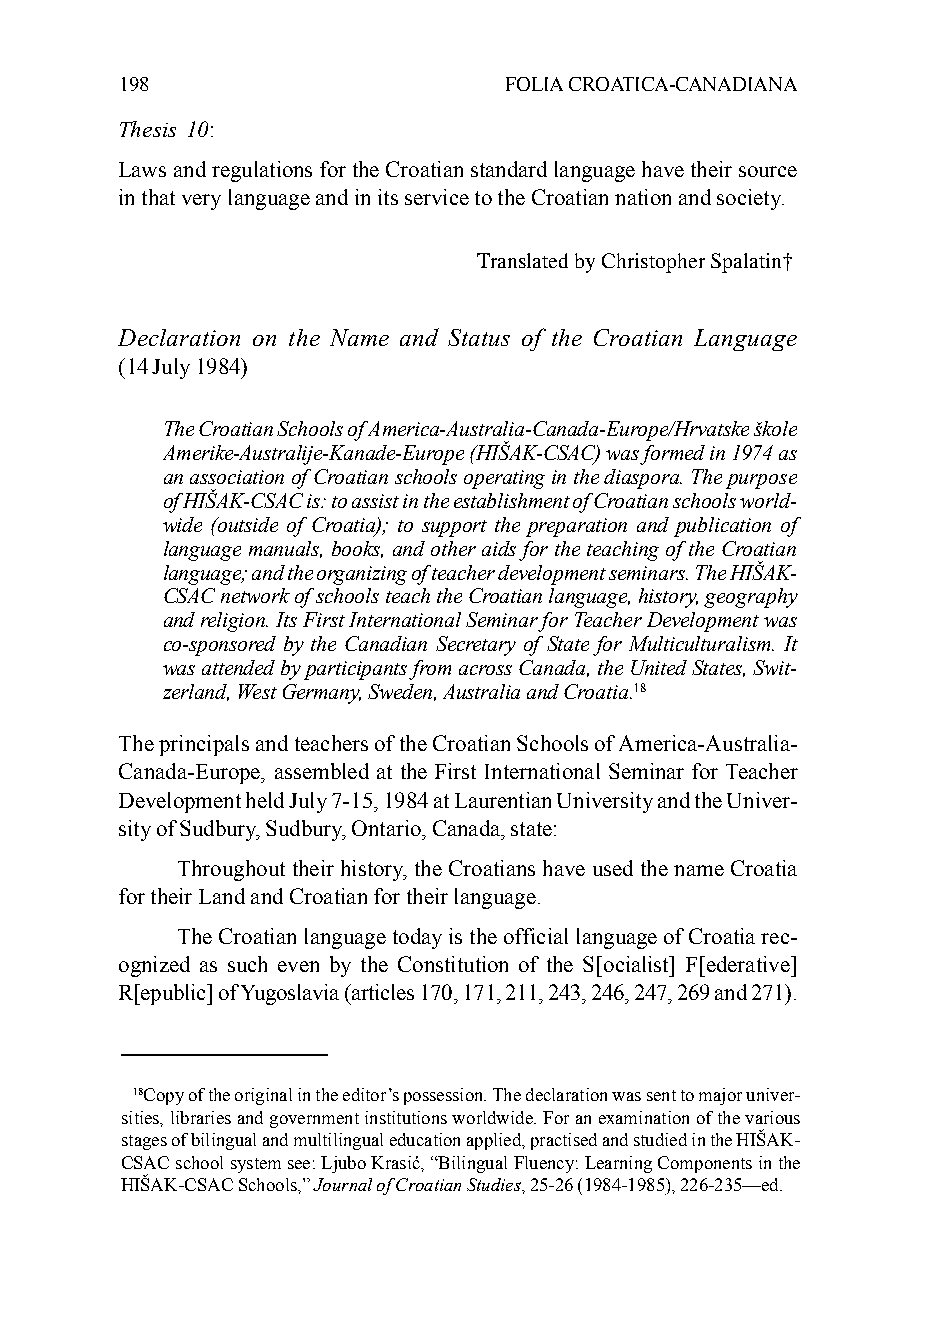
198                      FOLIA CROATICA-CANADIANA
 Thesis 10:
 Laws and regulations for the Croatian standard language have their source
 in that very language and in its service to the Croatian nation and society.
 Translated by Christopher Spalatin†
 Declaration on the Name and Status of the Croatian Language
 (14 July 1984)
 The Croatian Schools of America-Australia-Canada-Europe/Hrvatske škole
 Amerike-Australije-Kanade-Europe (HIŠAK-CSAC) was formed in 1974 as
 an association of Croatian schools operating in the diaspora. The purpose
 of HIŠAK-CSAC is: to assist in the establishment of Croatian schools world-
 wide (outside of Croatia); to support the preparation and publication of
 language manuals, books, and other aids for the teaching of the Croatian
 language; and the organizing of teacher development seminars. The HIŠAK-
 CSAC network of schools teach the Croatian language, history, geography
 and religion. Its First International Seminar for Teacher Development was
 co-sponsored by the Canadian Secretary of State for Multiculturalism. It
 was attended by participants from across Canada, the United States, Swit-
 zerland, West Germany, Sweden, Australia and Croatia.18
 The principals and teachers of the Croatian Schools of America-Australia-
 Canada-Europe, assembled at the First International Seminar for Teacher
 Development held July 7-15, 1984 at Laurentian University and the Univer-
 sity of Sudbury, Sudbury, Ontario, Canada, state:
 Throughout their history, the Croatians have used the name Croatia
 for their Land and Croatian for their language.
 The Croatian language today is the official language of Croatia rec-
 ognized as such even by the Constitution of the S[ocialist] F[ederative]
 R[epublic] of Yugoslavia (articles 170, 171, 211, 243, 246, 247, 269 and 271).
 18Copy of the original in the editor’s possession. The declaration was sent to major univer-
 sities, libraries and government institutions worldwide. For an examination of the various
 stages of bilingual and multilingual education applied, practised and studied in the HIŠAK-
 CSAC school system see: Ljubo Krasić, “Bilingual Fluency: Learning Components in the
 HIŠAK-CSAC Schools,” Journal of Croatian Studies, 25-26 (1984-1985), 226-235—ed.